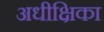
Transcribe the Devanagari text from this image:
अधीक्षिका